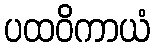
ပထဝိကာယံ